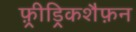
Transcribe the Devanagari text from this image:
फ़्रीड्रिकशैफ़न